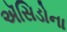
ઍસિડોના